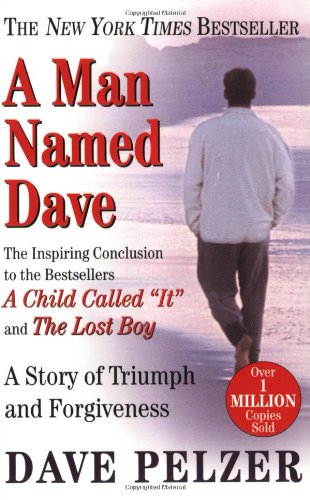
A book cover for A Man Named Dave; Dave Pelzer; Parenting & Relationships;